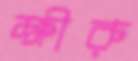
ক্ষীরু